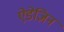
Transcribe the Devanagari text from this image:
ऐडेज़िन